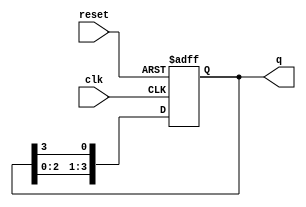
module bistable_ring_counter (
    input wire clk,          // Clock input
    input wire reset,        // Asynchronous reset input
    output reg [N-1:0] q     // Output state of the counter
);
    parameter N = 4;         // Number of flip-flops (modifiable)

    // Initialization of the counter state
    initial begin
        q = 1'b1;            // Initial state: only the first flip-flop is high
    end

    always @(posedge clk or posedge reset) begin
        if (reset) begin
            q <= 1'b1;       // Reset state: only the first flip-flop is high
        end else begin
            q <= {q[N-2:0], q[N-1]}; // Shift the high state to the next flip-flop
        end
    end
endmodule